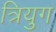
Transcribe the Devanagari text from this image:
त्रियुग